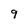
Character: 9